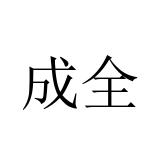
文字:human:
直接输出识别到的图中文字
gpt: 成全